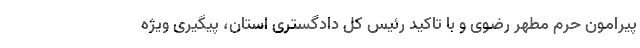
پیرامون حرم مطهر رضوی و با تاکید رئیس کل دادگستری استان، پیگیری ویژه